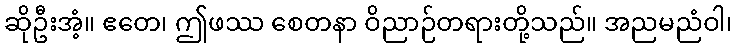
ဆိုဦးအံ့။ ဧတေ၊ ဤဖဿ စေတနာ ဝိညာဉ်တရားတို့သည်။ အညမညံဝါ၊